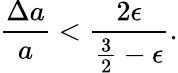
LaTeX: \frac{\Delta a}{a}<\frac{2\epsilon}{\frac{3}{2}-\epsilon}.